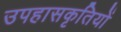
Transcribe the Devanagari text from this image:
उपहासकृतियों